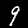
Digit: 9